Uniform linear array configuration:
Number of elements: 32
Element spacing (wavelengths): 0.25
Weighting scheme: cosine
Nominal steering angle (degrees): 30
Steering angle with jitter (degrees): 30.741
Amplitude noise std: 0.05
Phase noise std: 0.05

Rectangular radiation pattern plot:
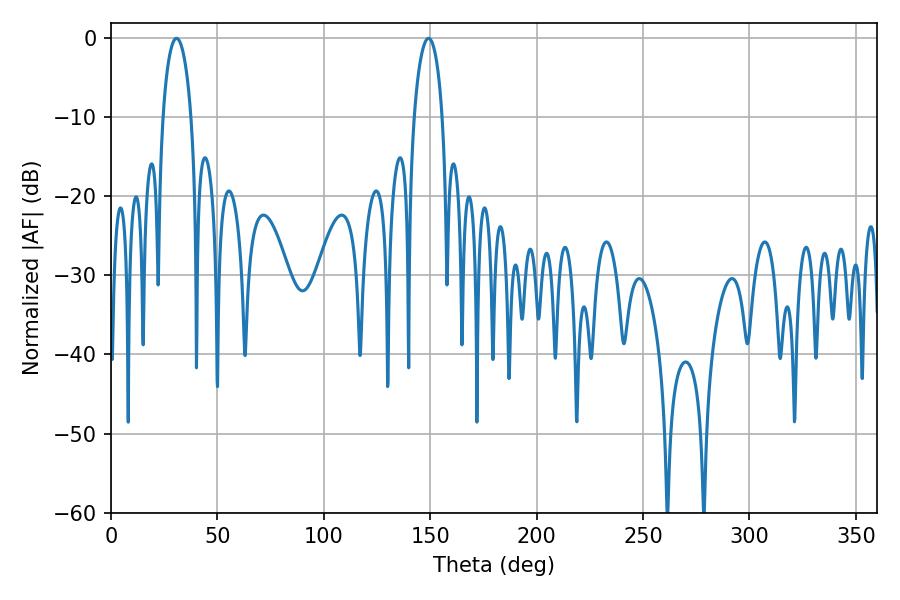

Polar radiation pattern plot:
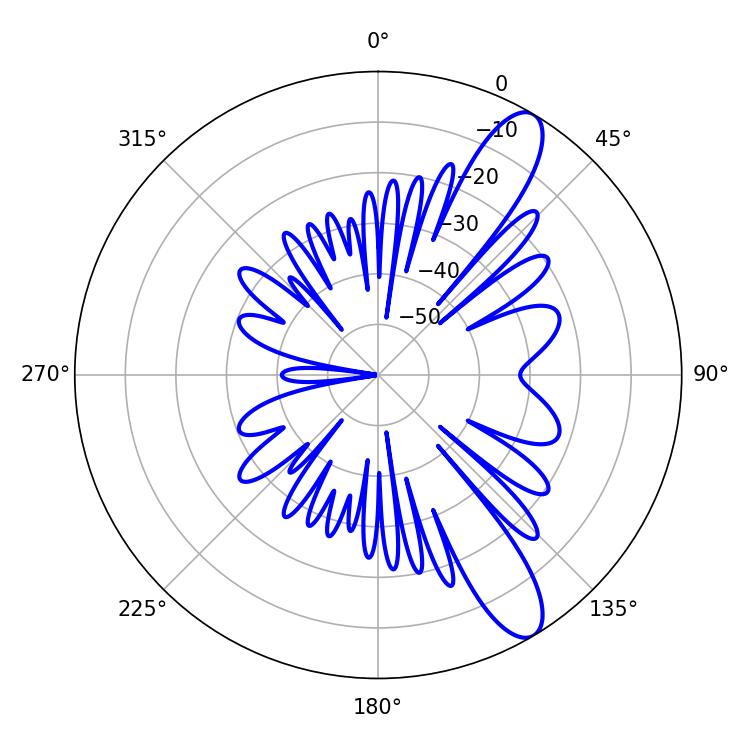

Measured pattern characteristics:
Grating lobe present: FALSE
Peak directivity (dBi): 11.231
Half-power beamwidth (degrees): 7.74
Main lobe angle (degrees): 30.78